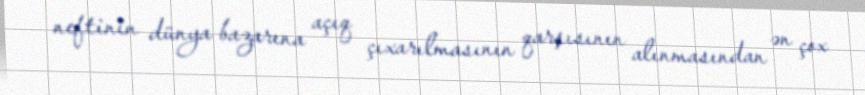
neftinin dünya bazarına açıq çıxarılmasının qarşısının alınmasından ən çox